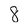
Character: 8